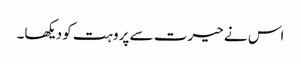
اس نے حیرت سے پروہت کو دیکھا۔